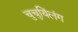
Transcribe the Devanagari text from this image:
चुचुयिंलंग